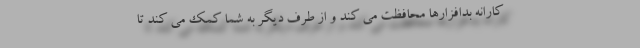
کارانه بدافزارها محافظت می کند و از طرف دیگر به شما کمک می کند تا